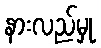
နားလည်မှု